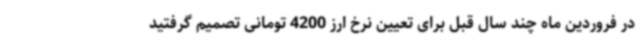
در فروردین ماه چند سال قبل برای تعیین نرخ ارز 4200 تومانی تصمیم گرفتید